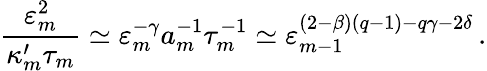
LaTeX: \frac{\varepsilon_{m}^{2}}{\kappa_{m}^{\prime}\tau_{m}}\simeq\varepsilon_{m}^{-\gamma}a_{m}^{-1}\tau_{m}^{-1}\simeq\varepsilon_{m-1}^{(2-\beta)(q-1)-q\gamma-2\delta}\, .